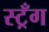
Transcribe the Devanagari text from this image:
स्ट्रँग